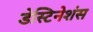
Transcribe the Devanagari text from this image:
डेस्टिनेशंस